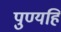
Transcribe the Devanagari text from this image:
पुण्यहि